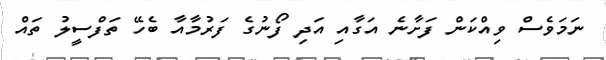
ނަމަވެސް ވިއްކަން ފަށާނެ އަގާއި އަދި ފޯނުގެ ފަރުމާއާ ބެހޭ ތަފްސީލު ތައް